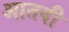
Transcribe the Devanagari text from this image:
आतवी